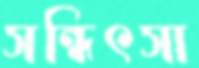
সন্ধিৎসা